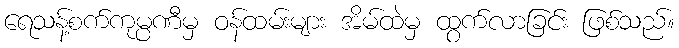
ရေသန့်စက်ကုမ္ပဏီမှ ဝန်ထမ်းများ အိမ်ထဲမှ ထွက်လာခြင်း ဖြစ်သည်။